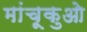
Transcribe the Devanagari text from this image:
मांचूकुओ